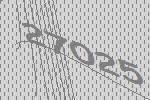
27025